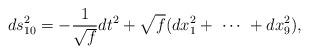
LaTeX: \begin{align*}ds^2_{10} = - \frac{1}{\sqrt{f}} dt^2 + \sqrt{f} (dx_1^2 + \ \cdots \ + dx_9^2 ),\end{align*}